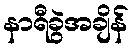
နာရီခွဲအချိန်